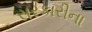
સરકારીના